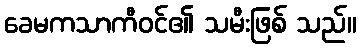
ခေမကသာကီဝင်၏ သမီးဖြစ် သည်။